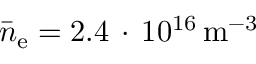
\bar { n } _ { \mathrm { e } } = 2 . 4 \, \cdot \, 1 0 ^ { 1 6 } \, \mathrm { { m } ^ { - 3 } }